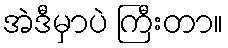
အဲဒီမှာပဲ ကြီးတာ။